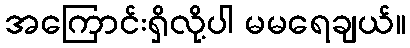
အကြောင်းရှိလို့ပါ မမရေချယ်။